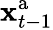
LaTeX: {\mathbf x}_{t-1}^{\mathrm{a}}